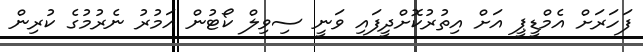
ފަހަރަށް އެމްޑީޕީ އަށް އިތުރުކޮށްދީފައި ވަނީ ސިވިލް ކޯޓުން އަމުރު ނެރުމުގެ ކުރިން